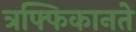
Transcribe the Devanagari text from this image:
त्रफ्फिकानते